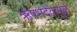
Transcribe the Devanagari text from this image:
ऋषभदेवामुळे